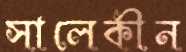
সালেকীন